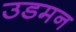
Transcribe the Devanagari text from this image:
उडमन